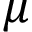
\mu